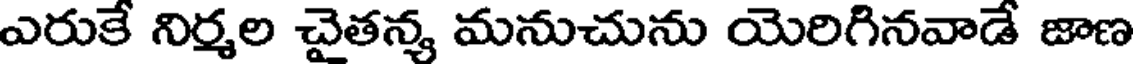
ఎరుకే నిర్మల చైతన్య మనుచును యెరిగినవాడే జాణ